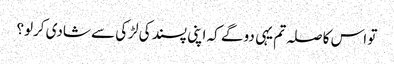
تو اس کا صلہ تم یہی دو گے کہ اپنی پسند کی لڑکی سے شادی کرلو؟